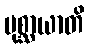
ပုစ္ဆာယာတိ